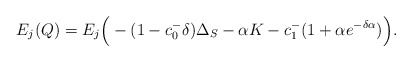
\begin{align*}E_j(Q)=E_j\Big(-(1-c_{0}^{-}\delta)\Delta_S -\alpha K -c_{1}^{-}(1+\alpha e^{-\delta\alpha}) \Big).\end{align*}